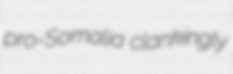
pro-Somalia clankingly